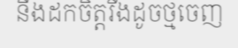
នឹងដកចិត្តរឹងដូចថ្មចេញ